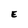
Character: E